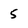
Character: 5